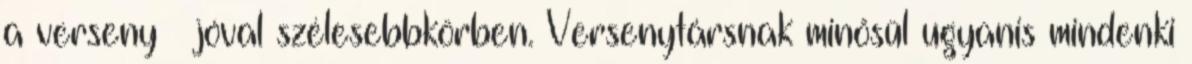
a verseny — jóval szélesebbkörben. Versenytársnak minősül ugyanis mindenki